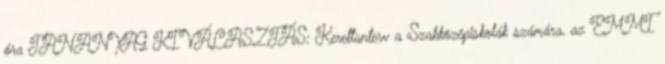
óra TANANYAG KIVÁLASZTÁS: Kerettanterv a Szakközépiskolák számára, az EMMI